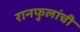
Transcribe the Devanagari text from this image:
रानफुलांची